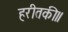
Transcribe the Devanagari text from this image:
हरीतकी॥